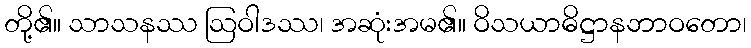
တို့၏။ သာသနဿ ဩဝါဒဿ၊ အဆုံးအမ၏။ ဝိသယာဓိဋ္ဌာနဘာဝတော၊